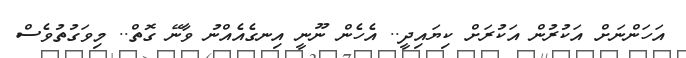
އަހަންނަށް އަކުރުން އަކުރަށް ކިޔައިދީ.. އެހެން ނޫނީ އިނގެއެއްނު ވާނޭ ގޮތް.. މިވަގުތުވެސް